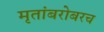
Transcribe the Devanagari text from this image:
मृतांबरोबरच